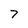
Character: 7